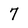
Character: 7